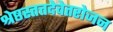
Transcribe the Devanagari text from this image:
श्रेष्ठस्तत्तदेवेतरोजन